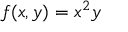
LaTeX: f ( x , y ) = x ^ { 2 } y